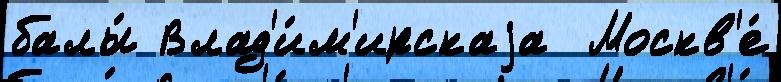
балы́ Влад'и́м'ирскаjа  Москв'е́